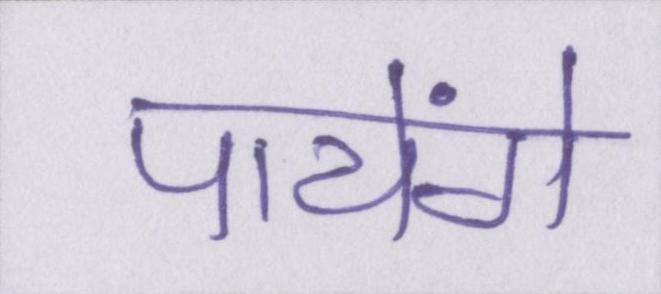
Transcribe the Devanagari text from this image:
पायेंगे